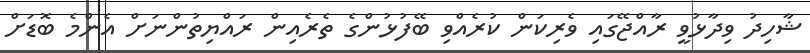
ޝާހިދު ވިދާޅުވީ ރާއްޖޭގައި ވެރިކަން ކުރެއްވި ބޭފުޅުންގެ ތެރެއިން ރައްޔިތުންނަށް އެންމެ ބޮޑަށް